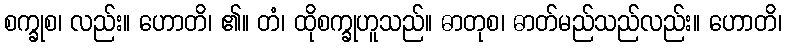
စက္ခုစ၊ လည်း။ ဟောတိ၊ ၏။ တံ၊ ထိုစက္ခုဟူသည်။ ဓာတုစ၊ ဓာတ်မည်သည်လည်း။ ဟောတိ၊